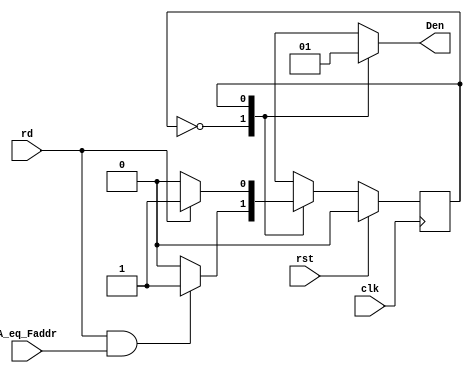
module control(clk,rst,rd,A_eq_Faddr,Den);
parameter waitmyadd=1'b0,send=1'b1;
input clk,rst,rd;
input A_eq_Faddr;
output reg Den;
reg ps,ns;

always @(posedge clk)
begin 
if(rst)
begin 
ps<=waitmyadd;
end
else 
begin 
ps<=ns;
end
end

always @(ps or rd or A_eq_Faddr)
begin
case(ps)
waitmyadd: 
begin
if(rd && A_eq_Faddr)
ns=send;
else
ns=ps;
end
send: 
begin
if(!rd)
ns=waitmyadd;
else
ns=ps;
end
default:
begin
ns=waitmyadd;
end
endcase
end

always @(ps)
begin
case(ps)
waitmyadd: Den=0;
send:Den=1;
default: Den=0;
endcase
end
endmodule